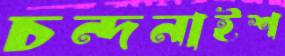
চন্দনাইশ